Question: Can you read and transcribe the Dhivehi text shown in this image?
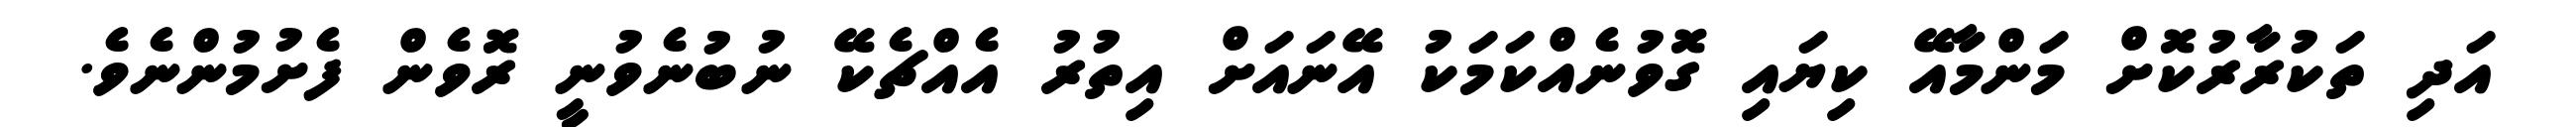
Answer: އަދި ތަކުރާރުކޮށް މަންމާއޭ ކިޔައި ގޮވުނެއްކަމަކު އޭނައަށް އިތުރު އެއްޗެކޭ ނުބުނެވުނީ ރޮވެން ފެށުމުންނެވެ.